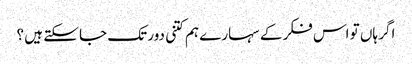
اگر ہاں تو اس فکر کے سہارے ہم کتنی دور تک جا سکتے ہیں ؟